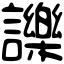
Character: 𧭥